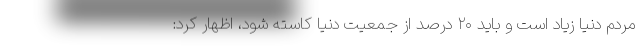
مردم دنیا زیاد است و باید ۲۰ درصد از جمعیت دنیا کاسته شود، اظهار کرد: